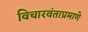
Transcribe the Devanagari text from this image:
विचारवंताप्रमाणे